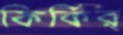
কির্‌কির্‌